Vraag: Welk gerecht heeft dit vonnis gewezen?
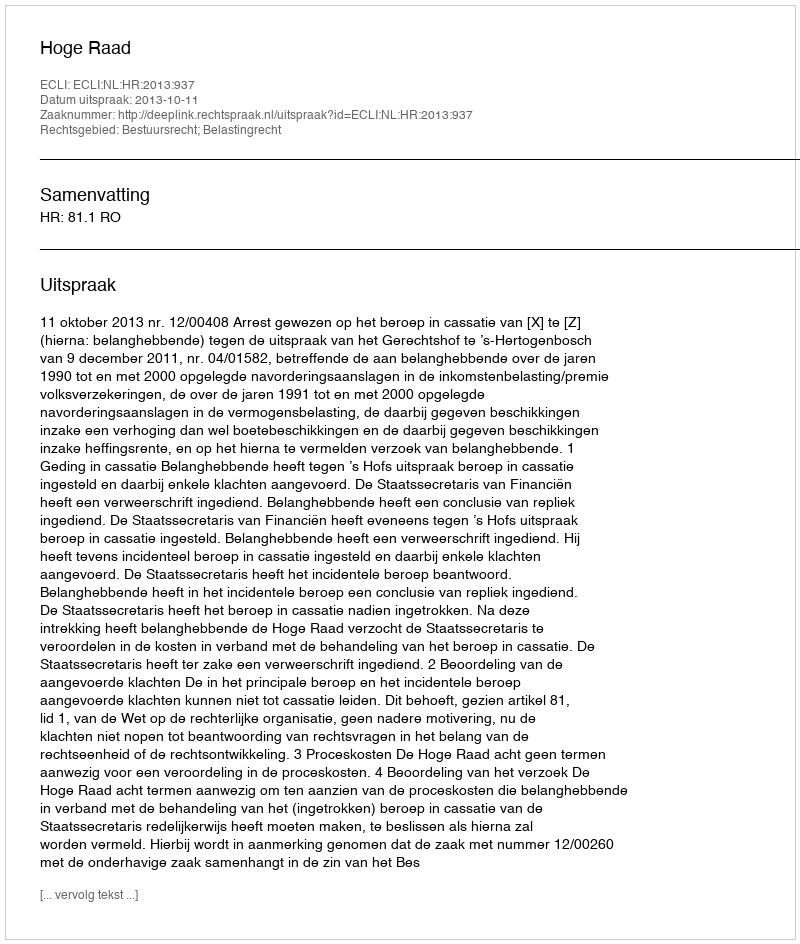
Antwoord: Hoge Raad